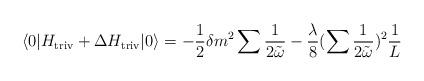
LaTeX: \begin{align*}\langle0|H_{\rm triv}+\Delta H_{\rm triv}|0\rangle=-\frac{1}{2}\delta m^{2}\sum\frac{1}{2\tilde{\omega}}-\frac{\lambda}{8}(\sum\frac{1}{2\tilde{\omega}})^{2}\frac{1}{L}\end{align*}